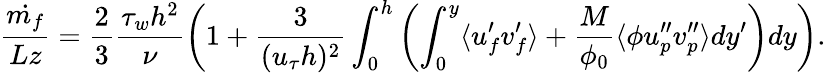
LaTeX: \frac{\dot{m_{f}}}{Lz}=\frac{2}{3}\frac{\tau_{w}h^{2}}{\nu}\left(1+\frac{3}{(u_{\tau}h)^{2}}\int_{0}^{h}\left(\int_{0}^{y}\langle u_{f}^{\prime}v_{f}^{\prime}\rangle+\frac{M}{\phi_{0}}\langle\phi u_{p}^{\prime\prime}v_{p}^{\prime\prime}\rangle dy^{\prime}\right)dy\right).